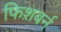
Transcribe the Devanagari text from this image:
फिश़बर्न